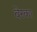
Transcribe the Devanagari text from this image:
वेरका